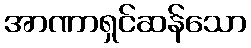
အာဏာရှင်ဆန်သော